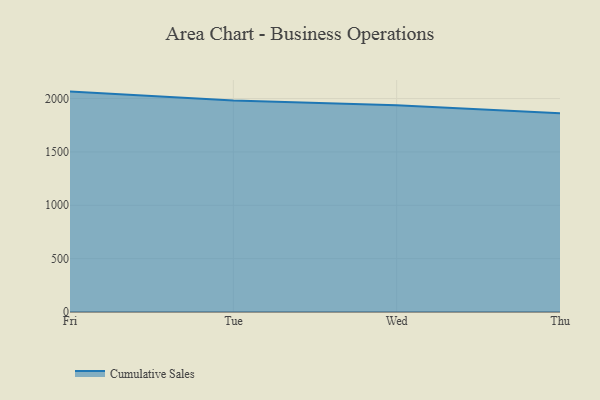
{"axis": {"x": "Day", "y": "Gross Profit (USD K)"}, "legend": ["Cumulative Sales"], "data": [{"x": "Fri", "y": 2065.2, "type": "Cumulative Sales"}, {"x": "Tue", "y": 1982.8, "type": "Cumulative Sales"}, {"x": "Wed", "y": 1937.4, "type": "Cumulative Sales"}, {"x": "Thu", "y": 1862.2, "type": "Cumulative Sales"}]}